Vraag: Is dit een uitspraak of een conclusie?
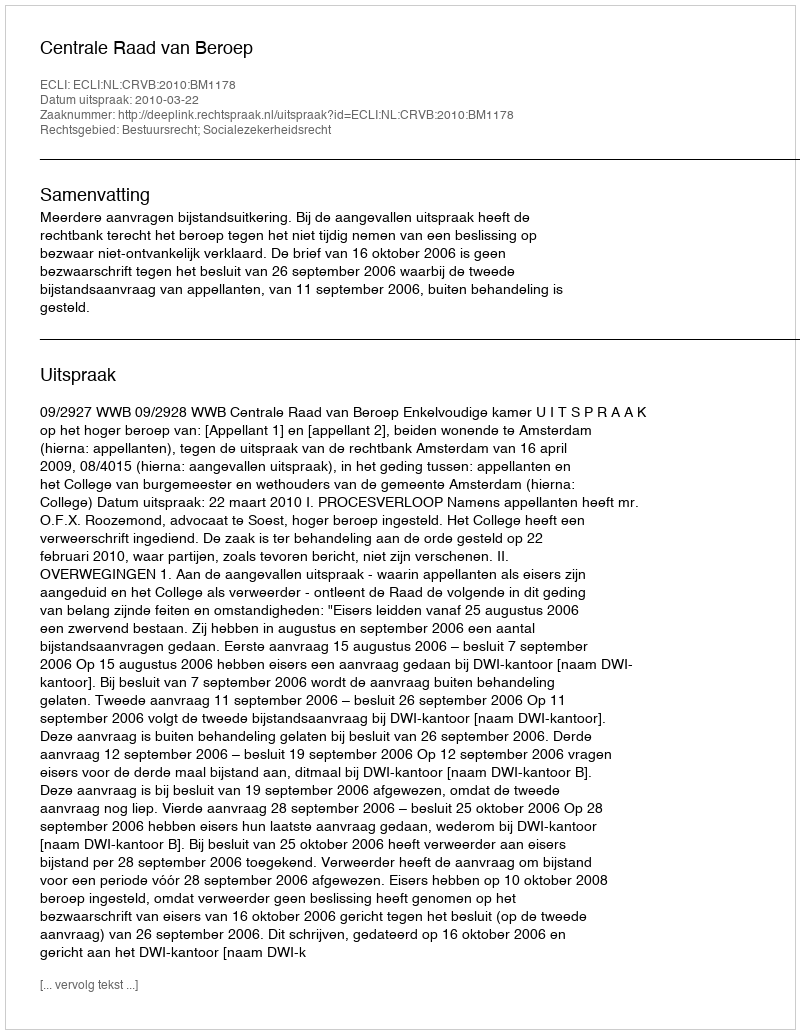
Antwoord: Uitspraak